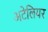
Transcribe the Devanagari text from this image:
अटेलियर